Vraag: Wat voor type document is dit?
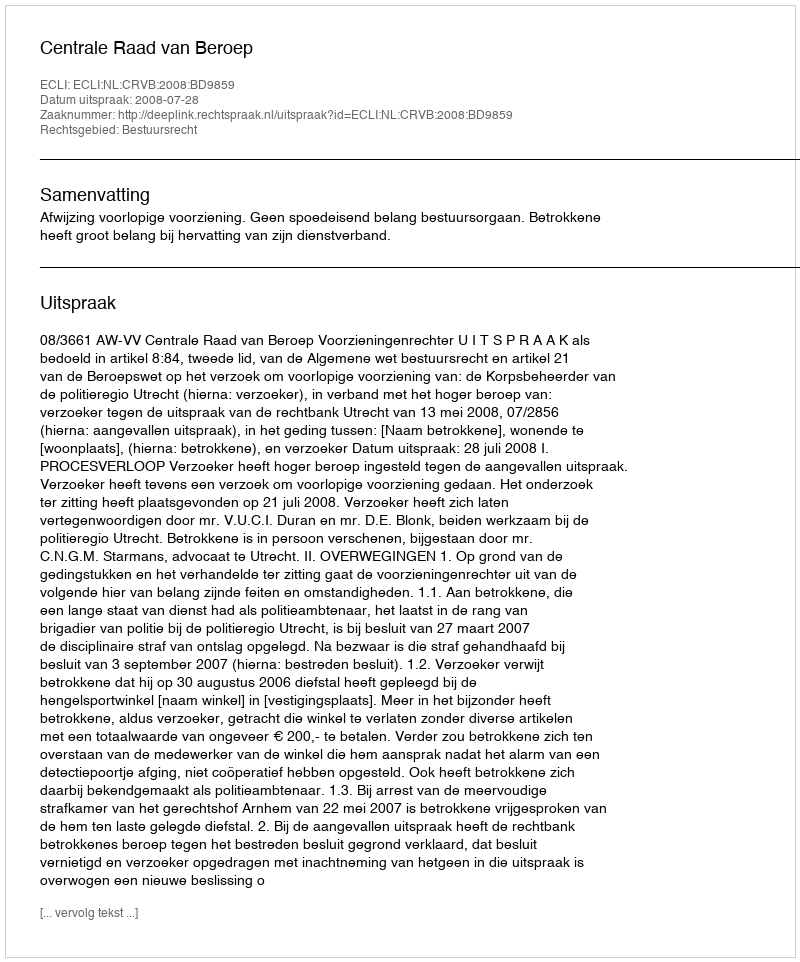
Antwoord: Uitspraak